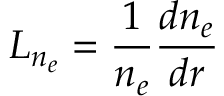
L _ { n _ { e } } = \frac { 1 } { n _ { e } } \frac { d n _ { e } } { d r }